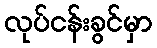
လုပ်ငန်းခွင်မှာ